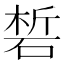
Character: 𥓊